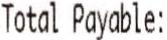
TOTAL PAYABLE: